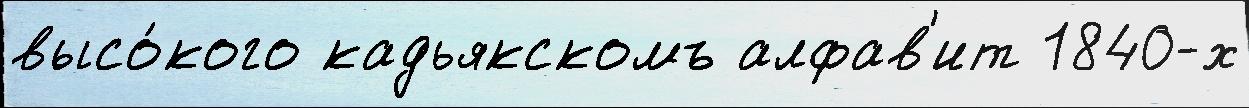
высо́кого кадьякскомъ алфав'ит 1840-х